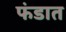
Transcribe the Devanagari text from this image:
फंडात